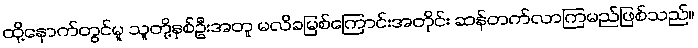
ထို့နောက်တွင်မူ သူတို့နှစ်ဦးအတူ မလိခမြစ်ကြောင်းအတိုင်း ဆန်တက်လာကြမည်ဖြစ်သည်။